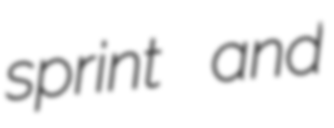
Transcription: sprint and